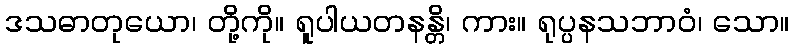
ဒသဓာတုယော၊ တို့ကို။ ရူပါယတနန္တိ၊ ကား။ ရုပ္ပနသဘာဝံ၊ သော။